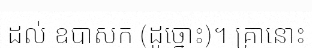
ដល់ ឧបាសក (ដូច្នោះ)។ គ្រានោះ